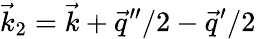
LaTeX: \vec{k}_{2}=\vec{k}+\vec{q}^{\prime\prime}/2-\vec{q}^{\prime}/2